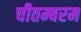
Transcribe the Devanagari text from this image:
चीतम्बरम